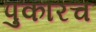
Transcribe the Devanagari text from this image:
पुकारच